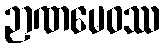
ဉာဏမေဝဿ